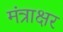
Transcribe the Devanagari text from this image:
मंत्राक्षर